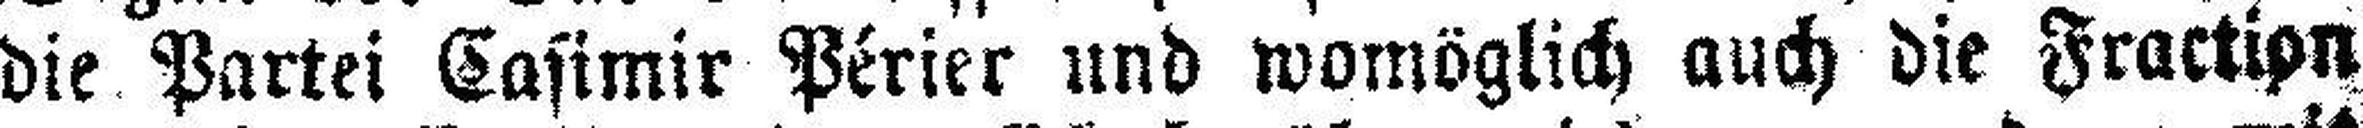
die Partei Casimir Périer und womöglich auch die Fraction